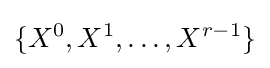
\{X^{0},X^{1},\ldots ,X^{r-1}\}